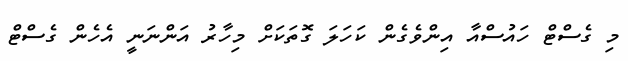
މި ގެސްޓް ހައުސްއާ އިންވެގެން ކަހަލަ ގޮތަކަށް މިހާރު އަންނަނީ އެހެން ގެސްޓް